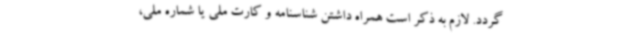
گردد. لازم به ذکر است همراه داشتن شناسنامه و کارت ملی یا شماره ملی،